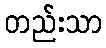
တည်းသာ